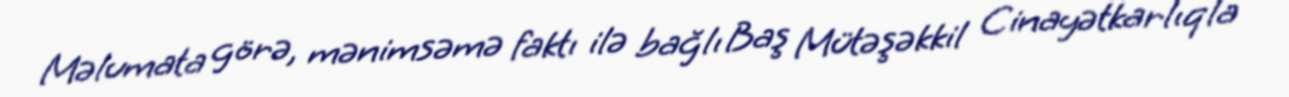
Məlumata görə, mənimsəmə faktı ilə bağlı Baş Mütəşəkkil Cinayətkarlıqla